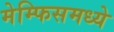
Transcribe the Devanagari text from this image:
मेम्फिसमध्ये